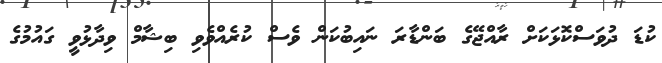
ކުޑަ ދުވަސްކޮޅަކަށް ރާއްޖޭގެ ބަންޑާރަ ނައިބުކަން ވެސް ކުރެއްވެވި ބިޝާމް ވިދާޅުވީ ގައުމުގެ